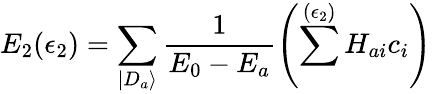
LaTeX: E_{2}(\epsilon_{2})=\sum_{|D_{a}\rangle}\frac{1}{E_{0}-E_{a}}\left(\sum^{(\epsilon_{2})}H_{ai}c_{i}\right)